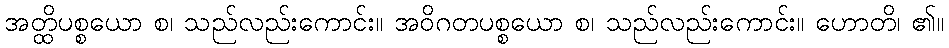
အတ္ထိပစ္စယော စ၊ သည်လည်းကောင်း။ အဝိဂတပစ္စယော စ၊ သည်လည်းကောင်း။ ဟောတိ၊ ၏။